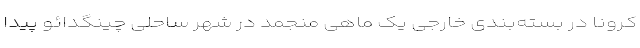
کرونا در بسته‌بندی خارجی یک ماهی منجمد در شهر ساحلی چینگدائو پیدا